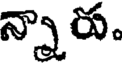
న్నారు.